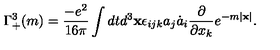
\Gamma _ { + } ^ { 3 } ( m ) = \frac { - e ^ { 2 } } { 1 6 \pi } \int d t d ^ { 3 } { \bf x } \epsilon _ { i j k } a _ { j } \dot { a } _ { i } \frac { \partial } { \partial x _ { k } } e ^ { - m | { \bf x } | } .